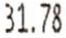
31.78